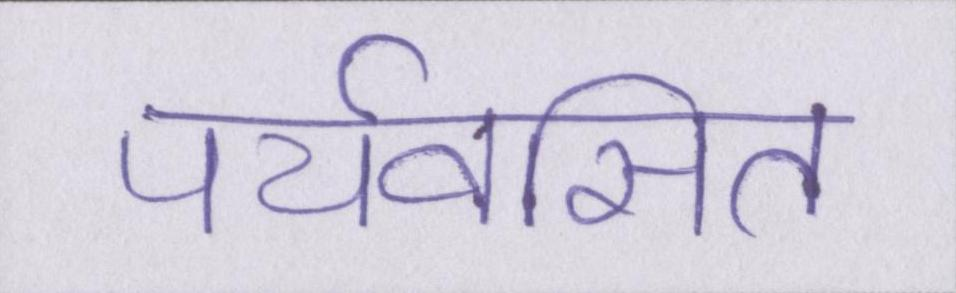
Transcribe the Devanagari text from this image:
पर्यवसित